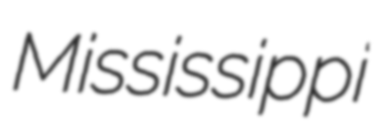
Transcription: Mississippi